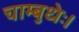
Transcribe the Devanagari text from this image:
चाम्बुधेः।